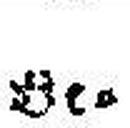
Be¬